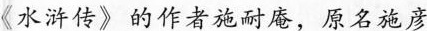
《水浒传》的作者施耐庵，原名施彦